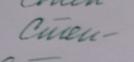
Signature authenticity: forged